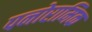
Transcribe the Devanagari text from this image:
पनोरामिक